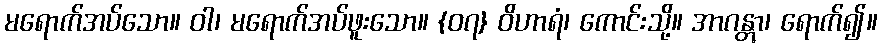
မရောက်အပ်သော။ ဝါ၊ မရောက်အပ်ဖူးသော။ {၀၇} ဝိဟာရံ၊ ကောင်းသို့။ အာဂန္တွာ၊ ရောက်၍။